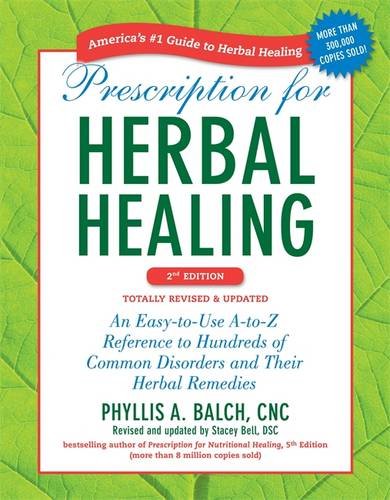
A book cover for Prescription for Herbal Healing, 2nd Edition: An Easy-to-Use A-to-Z Reference to Hundreds of Common Disorders and Their Herbal  Remedies; Phyllis A. Balch CNC; Health, Fitness & Dieting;